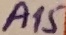
Text: A15